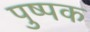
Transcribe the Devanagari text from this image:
पुष्‍पक